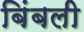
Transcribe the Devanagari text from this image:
बिंबली